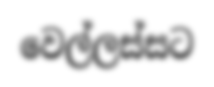
වෙල්ලස්සට